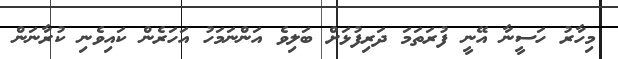
މިހާރު ހަސީނާ އޭނީ ފުރަތަމަ ދަރިފުޅަށް ބަލިވެ އަންނަމަހު އަހަރެން ކައިވެނި ކުރާނަން